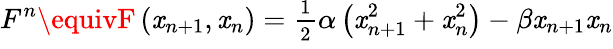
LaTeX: F^{n}\equivF\left(\mathit{x}_{n+1},\mathit{x}_{n}\right)=\frac{{_1}}{{^2}}\alpha\left(\mathit{x}_{n+1}^{2}+\mathit{x}_{n}^{2}\right)-\beta\mathit{x}_{n+1}\mathit{x}_{n}